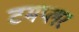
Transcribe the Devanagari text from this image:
टमप्लर